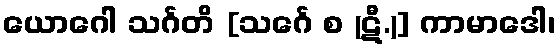
ယောဂေါ သင်္ဂတိ [သင်္ဂေ စ (ဋီ.)] ကာမာဒေါ၊